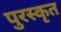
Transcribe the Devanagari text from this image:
पुरस्‍कृत